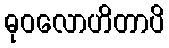
ဓုဝလောဟိတာပိ